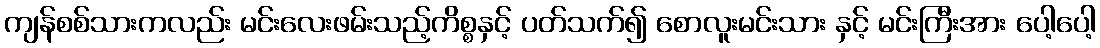
ကျန်စစ်သားကလည်း မင်းလေးဖမ်းသည့်ကိစ္စနှင့် ပတ်သက်၍ စောလူးမင်းသား နှင့် မင်းကြီးအား ပေါ့ပေါ့